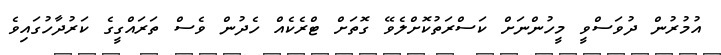
އުމުރުން ދުވަސްވީ މީހުންނަށް ކަސްރަތުކޮށްލެވޭ ގޮތަށް ޓްރެކެއް ހެދުން ވެސް ތަރައްގީގެ ކަރުދާހުގައިވެ